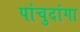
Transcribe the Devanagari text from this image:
पांचुदांगा